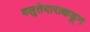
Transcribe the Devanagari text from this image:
बलुतेदाराकडून